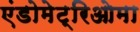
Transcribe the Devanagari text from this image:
एंडोमेट्रिओमा